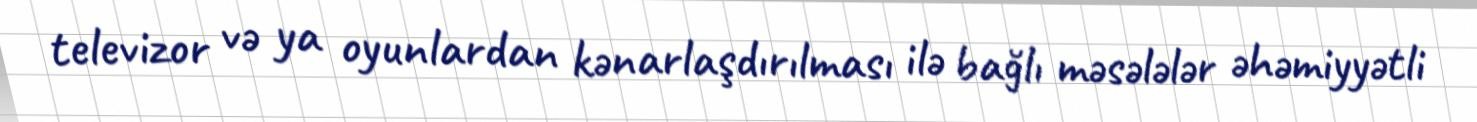
televizor və ya oyunlardan kənarlaşdırılması ilə bağlı məsələlər əhəmiyyətli